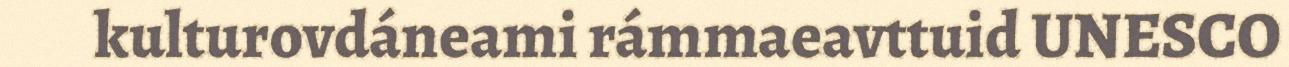
kulturovdáneami rámmaeavttuid UNESCO